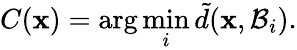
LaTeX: C(\mathbf{x})=\arg\operatorname*{min}_{i}\tilde{d}(\mathbf{x},\mathcal{B}_{i}).